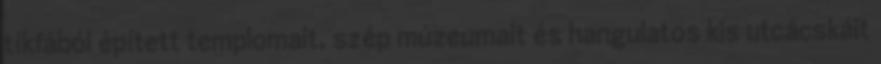
tíkfából épített templomait, szép múzeumait és hangulatos kis utcácskáit